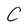
Character: C